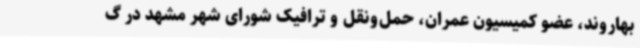
بهاروند، عضو کمیسیون عمران، حمل‌ونقل و ترافیک شورای شهر مشهد در گ